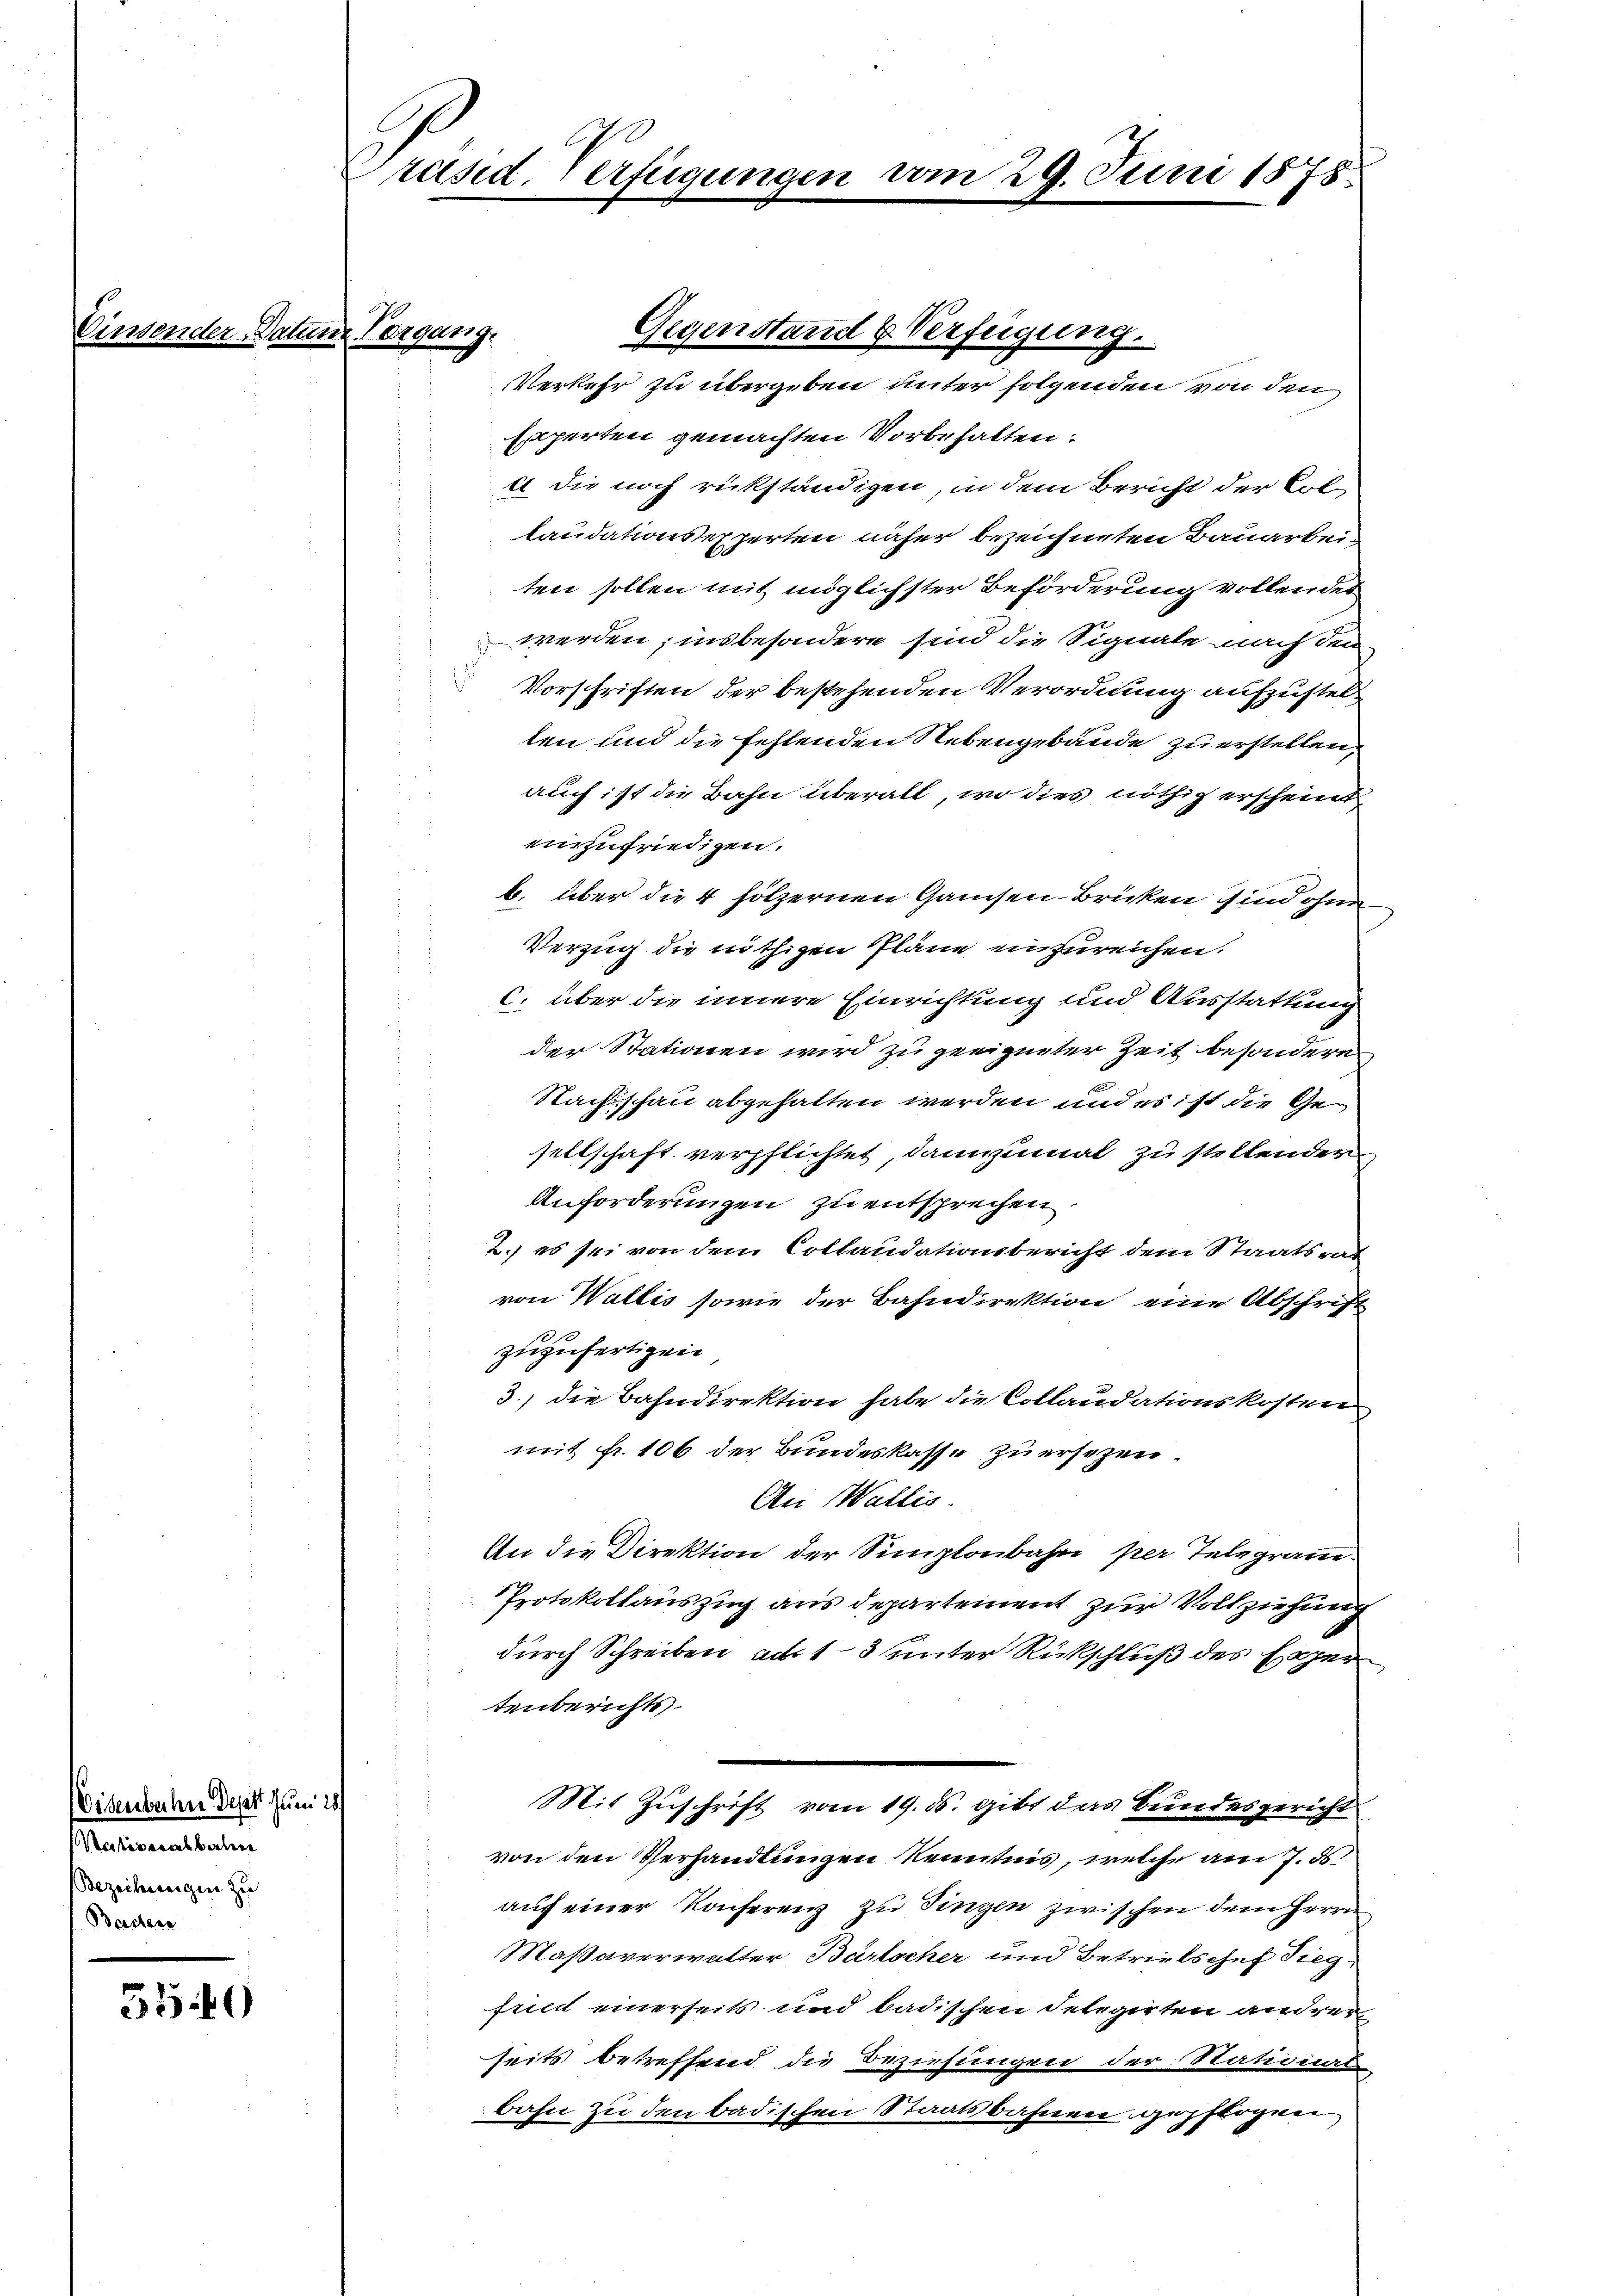
5540

Eisenbachen dept Jun
Nadhiberalverten
Beziehungen zu
Baden

räsid. Verfügunge

Verkehr zu übergeben unter folgenden von den
Experten gemachten Vorbehalten:
c die noch rückständigen, in dem Bericht der Col
laudationsexperten näher bezeichneten Bauarbeiten sollen mit möglichster Beförderung vollendes
werden; insbesondere sind die Signale nach den
Vorschriften der bestehenden Verordnung aufzustelten und die fehlenden Nebengebäude zu erstellen,
auch ist die Bahn überall, wo dies nöthig erscheint
einzufriedigen.
b. über die 4 hölzernen Gamsen-Brücken sind ohne
Verzug die nöthigen Pläne einzureichen.
6. über die innere Einrichtung und Ausstattung
der Stationen wird zu geeigneter Zeit besondere.
Nachschau abgehalten werden und es ist die Gesellschaft verpflichtet, dannzumal zu stellender
Anforderungen zu entsprechen
2.) es sei von dem Collaudationsbericht dem Staatsrat
von Wallis sowie der Bahndirektion eine Abschrift
zuzufertigen
3.) die Bahndirektion habe die Collaudationskosten
mit fr. 106 der Bundeskasse zu ersezen.
An Wallis
An die Direktion der Simplonbahn per Telegram¬
Protokollauszug aus departement zur Vollziehung
durch Schreiben, als 13 unter Rückschluß des Exper
tenberichts.
Mit Zuschrift vom 19. ds. gibt das Bundesgericht
von den Verhandlungen Kenntnis, welche am 7. ds.
auf einer Konferenz zu Singen zwischen dem Herrn
Maßaverwalter Bartocher und Betriebschef Sieg
fried einerseits und badischen Delegirten andrer
seits betreffend die Beziehungen der National-
bahn zu den badischen Staatsbahnen gepflogen

Neigung,

Gegenstand & Verfügung.

vom 29. Juni 1878.